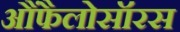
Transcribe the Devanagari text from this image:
आैंफैलोसॉरस